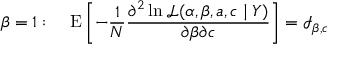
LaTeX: \beta = 1 : \quad \operatorname { E } \left[ - { \frac { 1 } { N } } { \frac { \partial ^ { 2 } \ln { \mathcal { L } } ( \alpha , \beta , a , c \mid Y ) } { \partial \beta \partial c } } \right] = { \mathcal { I } } _ { \beta , c }